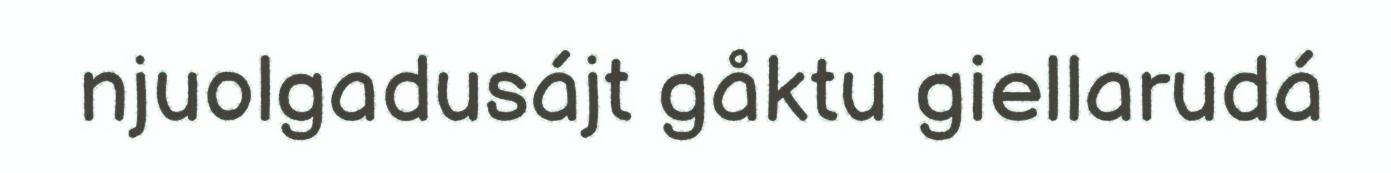
njuolgadusájt gåktu giellarudá